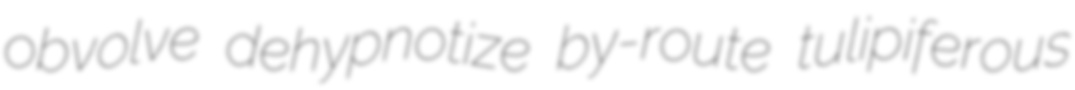
obvolve dehypnotize by-route tulipiferous